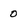
Character: 0